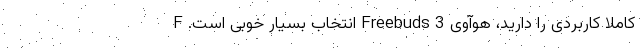
کاملا کاربردی را دارید، هوآوی Freebuds 3 انتخاب بسیار خوبی است. F